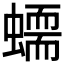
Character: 𧑮